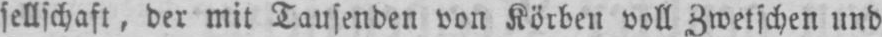
sellschaft, der mit Tausenden von Körben voll Zwetschen und